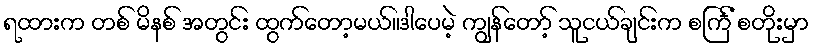
ရထားက တစ် မိနစ် အတွင်း ထွက်တော့မယ်။ဒါပေမဲ့ ကျွန်တော့် သူငယ်ချင်းက စင်္ကြံ စတိုးမှာ